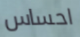
احساس